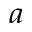
^ { a }